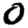
Digit: 0